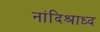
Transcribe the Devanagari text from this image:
नांदिश्राध्द